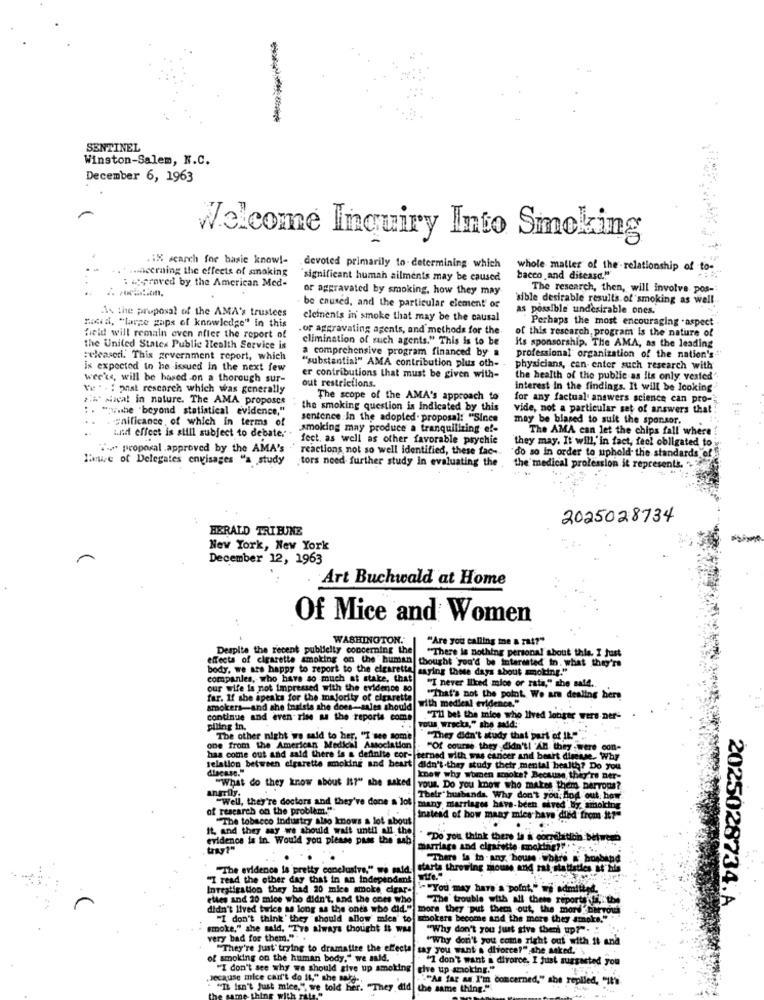
SENTINEL
Winston-Salem, N.C.
December 6, 1963
Welcome Inquiry Into Smoking
.Hacerning the effects of smoking
.1X search for basic know !- devoted primarily to- determining which
whole matter of the relationship of to-
: wproved by the American Med-
"significant human ailments may be caused
bacco and disease.""
or aggravated by smoking, how they may
The research, then, will involve pos-
sible desirable results. of smoking as well.
As the proposal of the AMA's trustees
be caused, and the particular clement or
as possible undesirable ones.
elements in smoke that may be the causal
Perhaps the most encouraging . aspect
Boord. "large gaps of knowledge" in this
. or aggravating agents, and methods for the
of this research program is the nature of
field will remain even nfler the report of
elimination of much agents." This is to be
the United States Public Health Service is
a comprehensive program financed by a
its sponsorship. The AMA, as the leading
:eleaseri. This government report, which
professional organization of the nation's"
is expected to be issued in the next few
"substantial" AMA contribution plus oth-
physicians, can- enter such research with
wee'ts, will be based on a thorough sur-
er contributions that must be given with-
the health of the public as Its only vested".
vw . . : pust research which was generally
out restrictions.
interest In the findings. It will be looking
24 Mwal in nature. The AMA proposes
The scope of the AMA's approach to
for any factual answers science can pro-
: . "wibe 'beyond statistical evidence,"
the smoking question is indicated by this
vide, not a particular set of answers that
...: nificance of which in terms of
sentence in the adopted- proposal: "Since
may be biased to suit the sponsor.
smoking may produce a tranquilizing ef-
The AMA can let the chips fall where
watd effect is still subject to debate. .
feet. as well as other favorable psychic
'they may. It will,'in fact, feel obligated to
" proposal .approved by the AMA's .' reactions not so well identified, these fac-
Tanie of Delegates envisages "a study
tors need further study In evaluating the
"do so in order to uphold the standards of
the' medical profession it represents.
2025028734
HERALD TRIBUNE
New York, New York
December 12, 1963
Art Buchwald at Home
Of Mice and Women
WASHINGTON."
"Are you calling me a zat?"
Despite the recent publicity concerning the
effects of cigarette smoking on the' human
thought you'd be interested in. what they're
"There is nothing personal about this. I just
body, we are happy to report to the elcaretta saying these days about smoking."
companies, who have so much at stake, that
our wife is not impressed with the evidence so
"I never liked mice or rata," she said ..
far. If she speaks for the majority of cigaretta
That's not the point. We are dealing here
smokers-and she taalsta she does-sales should
ha with medieal evidence."
continue and even-rise as the reports come
."Th bet the mice who lived longer wers ner-
piling in.
vous wracks," she said:"
The other night we said to her. "I mee some
"They didn't study that part of It.""
one from the American Medical Association
"Of course they didn't! 'An they were con-
has come out and said there is a definite cor- terned with was cancer and heart disease. Why
relation between cigarette smoking and beurt didn't.they study their mental health? Do you
dlacase."
"What do they know about Is?" she asked
know why women smoke? Because thig're ner-
angrily.
"What do they know about It?" she asked vous. Do you know who makes them barvous?
Their husbands. Why don't you: Hod out: how'
of research on the problem."
many marriages have-been sived By: smoking
"The tobacco Industry also knows a lot about
instead of how many mies have died from it?"
It, and they say we should wait until all the
evidence is in. Would you please pass the sab
""Do you think there la a correlation between
tray?"
marriage and cigarette smoking?" - .
"There is in . any. house .where & b
"The evidence la pretty conclusive," we mid starte throwing mouse and rat statistics at" bile
"I read the other day that in an independent
Investigation they had 20 mica smoke cigar-
S-"You may have'a 'point," wi admitted.
elles and 20 mice who didn't, and the ones who
"The" trouble with all there reportffith
didn't lived twice as long as the ones who did." more they put them out, the mord" Darvous
2025028734.A.
"I don't think ' they should allow mica' to wmokers become and the more they smoke."
smoke," she said, "Tre always thought it was
"Why don't you just give theni up?".
very bad for them.".
"Why don't you come right out with it and
"They're just" trying to dramatize the effects
say you want' a divorce?" she asked."
of smoking on the human body." we ald.
"I don't want a divorce. I just suggested you
"I don't see why we should give up smoking
Jecause mice can't do It," she male -,
""As far as I'm concerned," she replied, "Ihi
"IL isn't Just mice," we told her. "They did